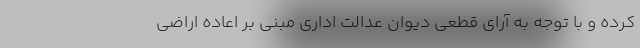
کرده و با توجه به آرای قطعی دیوان عدالت اداری مبنی بر اعاده اراضی